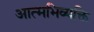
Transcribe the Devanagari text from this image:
आत्मभिव्यक्ति